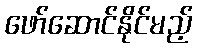
ဖော်ဆောင်နိုင်မည့်